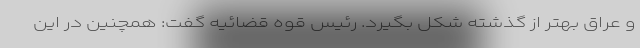
و عراق بهتر از گذشته شکل بگیرد. رئیس قوه قضائیه گفت: همچنین در این